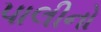
પાલીનો